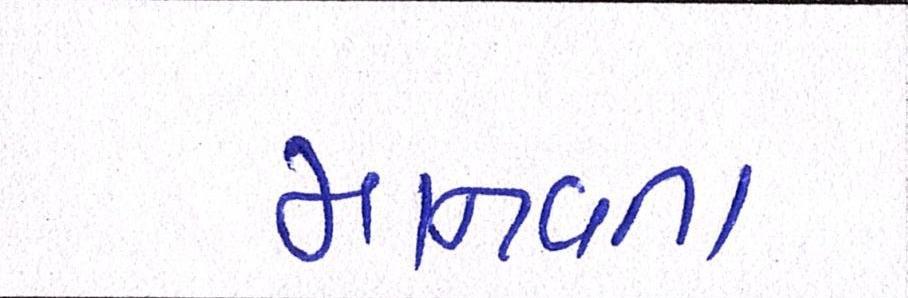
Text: માનવતા